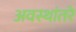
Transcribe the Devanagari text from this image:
अवस्थांतरे